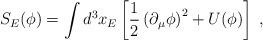
LaTeX: \begin{align*}S_E(\phi)=\int d^3 x_E \left[ \frac{1}{2}\left(\partial_{\mu}\phi\right)^2 +U(\phi)\right]\;,\end{align*}